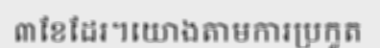
៣ខែដែរ។យោងតាមការប្រកួត